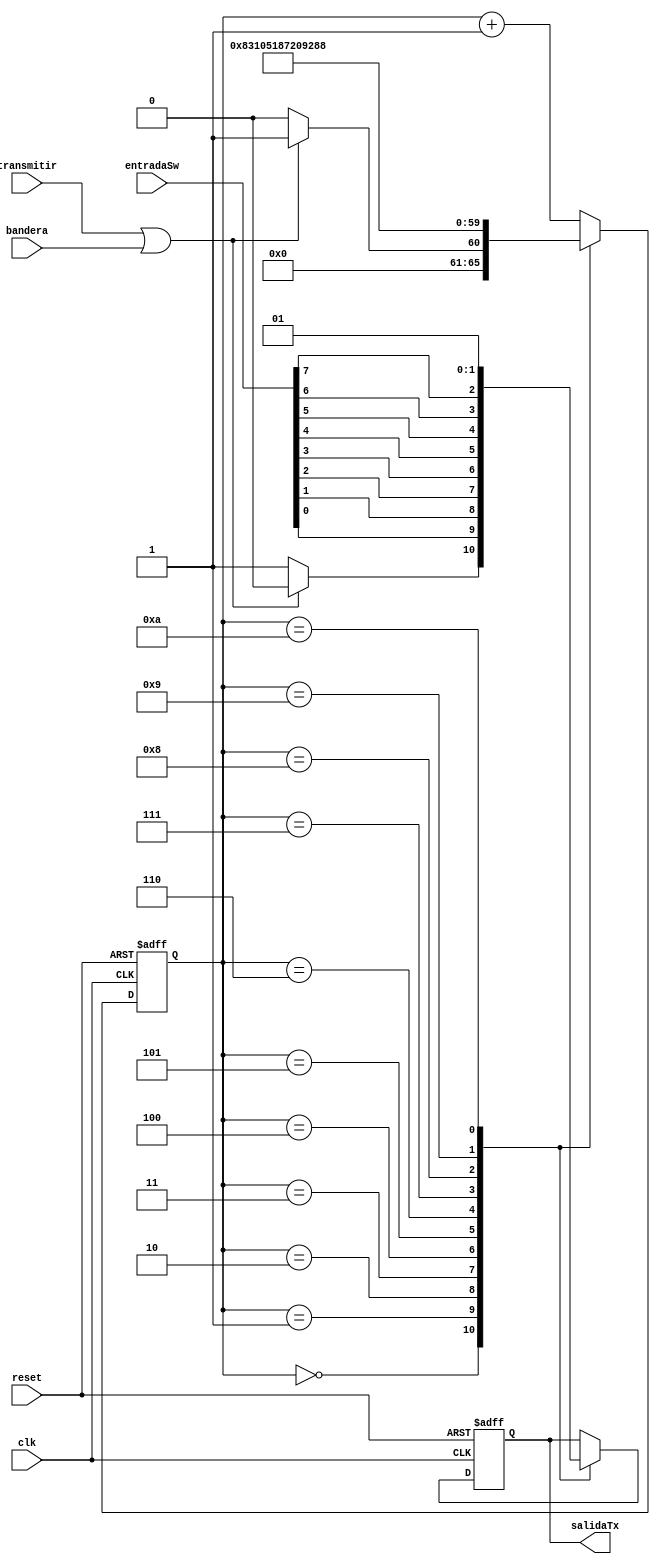
`timescale 1ns / 1ps
//////////////////////////////////////////////////////////////////////////////////
// Company: 
// Engineer: 
// 
// Design Name: 
// Module Name:    Trans 
// Project Name: 
// Target Devices: 
// Tool versions: 
// Description: 
//
// Dependencies: 
//
// Revision: 
// Revision 0.01 - File Created
// Additional Comments: 
//
//////////////////////////////////////////////////////////////////////////////////
module Trans(
	input clk, reset, transmitir, bandera,
   output reg salidaTx,
	input [7:0] entradaSw
   );
	reg [5:0] estado;
	always@(posedge clk, posedge reset)
			begin
				if(reset)
					begin
						estado<=0;
						salidaTx<=1;
					end
			else
				case(estado)
				0:begin
						if(transmitir|bandera)
							begin
								salidaTx<=0; //Start bit
								estado <= 1; //Siguiente estado
							end
						else
							begin
								estado<=0;   //regresamos al estado 0
								salidaTx<=1; //continuamos high
							end
				  end
				1:begin
						salidaTx<=entradaSw[0]; //mandamos primer bit
						estado<=2; //nos vamos al estado 2
					end
				2:begin
						salidaTx<=entradaSw[1]; 
						estado<=3; //nos vamos al estado 3
					end
				3:begin
						salidaTx<=entradaSw[2]; 
						estado<=4; //nos vamos al estado 4
					end
				4:begin
						salidaTx<=entradaSw[3]; 
						estado<=5; //nos vamos al estado 5
					end
				5:begin
						salidaTx<=entradaSw[4]; 
						estado<=6; //nos vamos al estado 6
					end
				6:begin
						salidaTx<=entradaSw[5]; 
						estado<=7; //nos vamos al estado 7
					end
				7:begin
						salidaTx<=entradaSw[6]; 
						estado<=8; //nos vamos al estado 8
					end
				8:begin
						salidaTx<=entradaSw[7]; 
						estado<=9; //nos vamos al estado 9
					end
				9:begin
						salidaTx<=0; //Bit vaquero de paridad. FIERRO
						estado <=10;
					end
				10:begin
						salidaTx<=1; //Stop Bit
						estado<=11; //Estado 0 vaquero
					end
				90:begin
						estado<=0;
					end
				default: estado <=estado+1; //mandalo al estado 0 vaquero por cualquier cosirijilla
					endcase
		end
endmodule